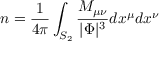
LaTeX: n = { \frac { 1 } { 4 \pi } } \int _ { S _ { 2 } } { \frac { M _ { \mu \nu } } { | \Phi | ^ { 3 } } } d x ^ { \mu } d x ^ { \nu }